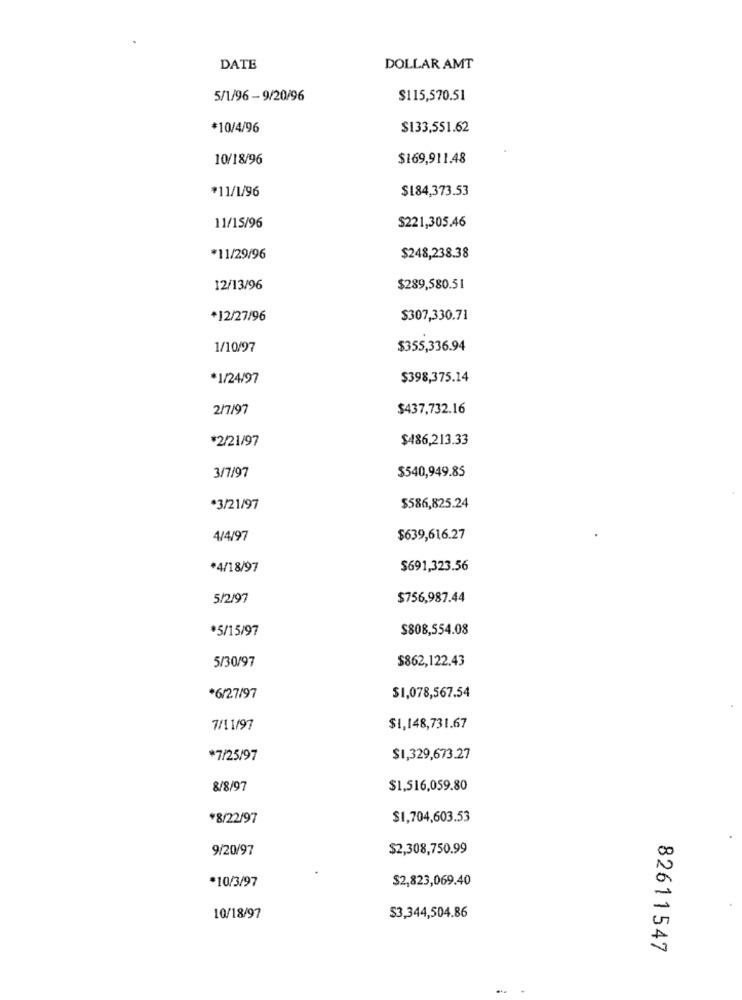
DATE
DOLLAR AMT
5/1/96 - 9/20/96
$115,570.51
*10/4/96
$133,551.62
10/18/96
$169,911.48
¥11/1/96
$184,373.53
11/15/96
$221,305.46
*11/29/96
$248,238.38
12/13/96
$289,580.51
*12/27/96
$307,330.71
1/10/97
$355,336.94
*1/24/97
$398,375.14
2/7/97
$437,732.16
*2/21/97
$486,213.33
3/7/97
$540,949.85
*3/21/97
$586,825.24
4/4/97
$639,616.27
*4/18/97
$691,323.56
5/2/97
$756,987.44
*5/15/97
$808,554.08
5/30/97
$862,122.43
*6/27/97
$1,078,567.54
7/11/97
$1,148,731.67
*7/25/97
$1,329,673.27
8/8/97
$1,516,059.80
¥8/22/97
$1,704,603.53
9/20/97
$2,308,750.99
$2,823,069.40
*10/3/97
10/18/97
$3,344,504.86
82611547